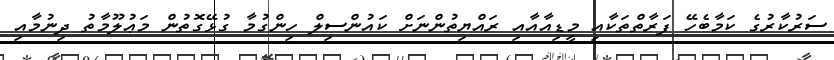
ސަރުކާރުގެ ކަމާބެހޭ ފަރާތްތަކާއި މީޑިއާއާއި ރައްޔިތުންނަށް ކައުންސިލް ހިންގުމާ ގުޅޭގޮތުން މަޢުލޫމާތު ދިނުމާއި